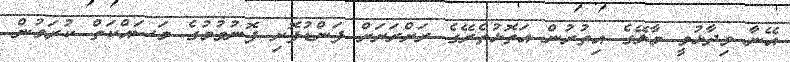
އޭނާ ވިދާޅުވީ މާލޭގެ އިތުރުން އަތޮޅުތެރޭގެ ރަށްރަށަށް ފަންޑުފޮށި ފޮނުވުމުގެ މަސައްކަތް ކުރަމުން